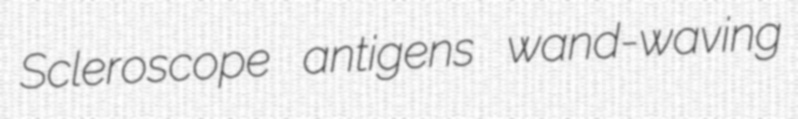
Scleroscope antigens wand-waving